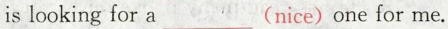
is looking for a___(nice)one for me.